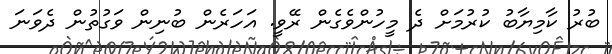
ބުރު ކާމިޔާބު ކުރުމަށް ދެ މީހުންވެގެން ރޭވީ. އަހަރެން ބުނިން ވަގުތުން ދެވަނަ